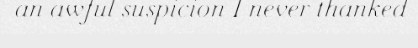
an awful suspicion I never thanked